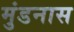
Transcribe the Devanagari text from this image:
मुंडनास